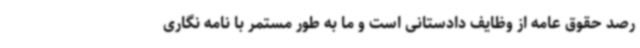
رصد حقوق عامه از وظایف دادستانی است و ما به طور مستمر با نامه نگاری